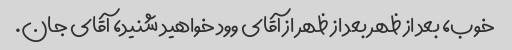
خوب، بعد از ظهر بعد از ظهر از آقای وود خواهید شنید، آقای جان.